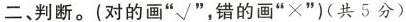
二、判断。(对的画“√”，错的画“×”)(共5分)